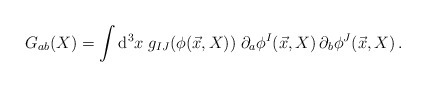
\begin{align*}G_{ab}(X) = \int {\rm d}^3x\; g_{IJ}(\phi(\vec x,X))\;\partial_a\phi^I(\vec x, X)\, \partial_b\phi^J(\vec x,X)\,.\end{align*}